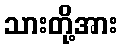
သားတို့အား